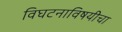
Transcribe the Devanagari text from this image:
विघटनाविषयीचा